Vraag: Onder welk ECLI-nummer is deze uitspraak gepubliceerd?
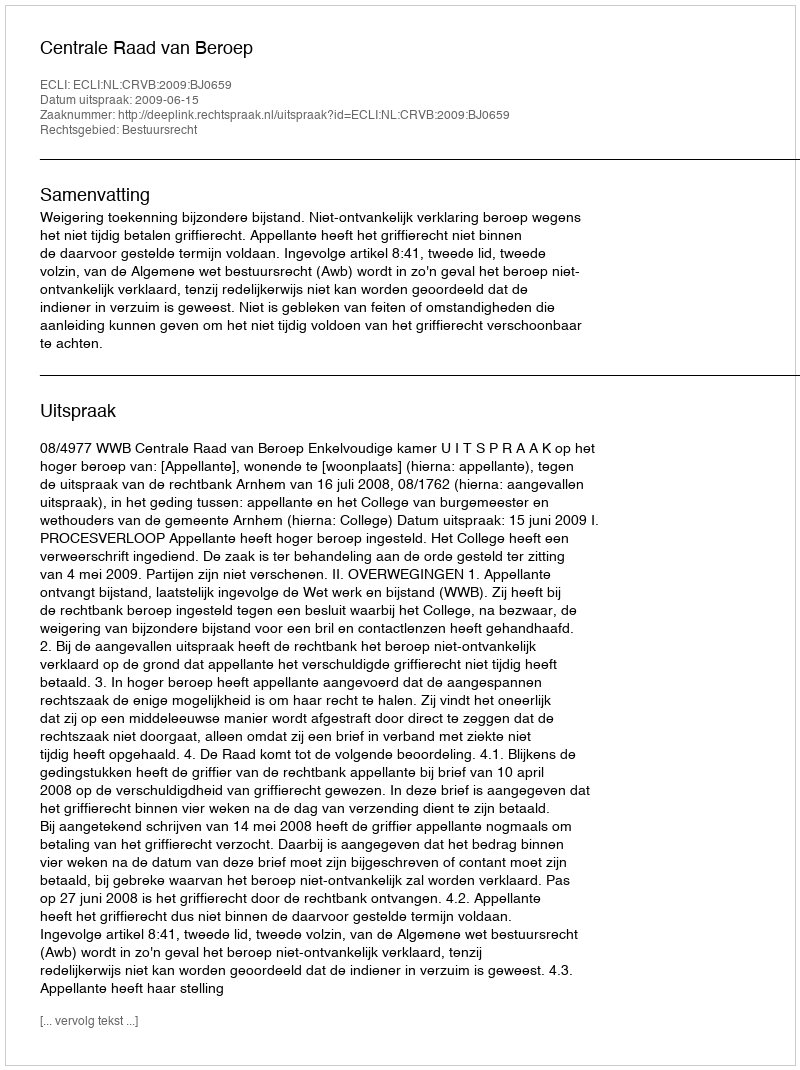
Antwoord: ECLI:NL:CRVB:2009:BJ0659